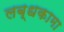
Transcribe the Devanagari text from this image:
लब्धकामा